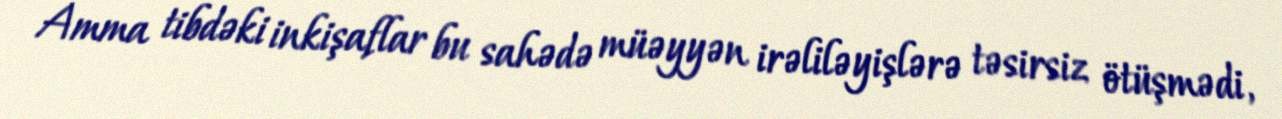
Amma tibdəki inkişaflar bu sahədə müəyyən irəliləyişlərə təsirsiz ötüşmədi,